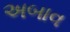
અબાવ